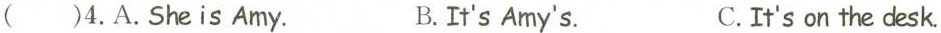
()4.A.She is Amy. B.It's Amy's. C.It's on the desk.